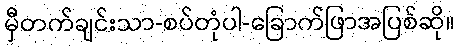
မှီတက်ချင်းသာ-စပ်တုံပါ-ခြောက်ဖြာအပြစ်ဆို။